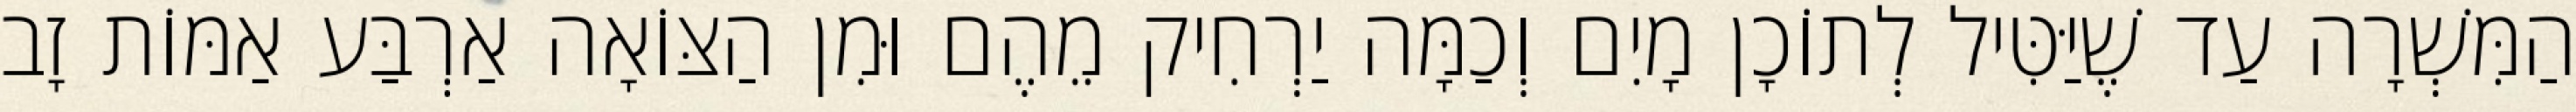
הַמִּשְׁרָה עַד שֶׁיַּטִּיל לְתוֹכָן מָיִם וְכַמָּה יַרְחִיק מֵהֶם וּמִן הַצּוֹאָה אַרְבַּע אַמּוֹת זָב